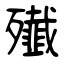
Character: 殱